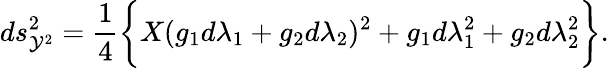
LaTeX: ds_{{\cal Y}^{2}}^{2}=\frac{1}{4}\biggl\{ X(g_{1}d\lambda_{1}+g_{2}d\lambda_{2})^{2}+g_{1}d\lambda_{1}^{2}+g_{2}d\lambda_{2}^{2}\biggr\} .